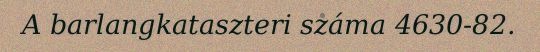
A barlangkataszteri száma 4630-82.